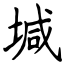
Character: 堿